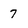
Character: 7